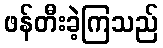
ဖန်တီးခဲ့ကြသည်